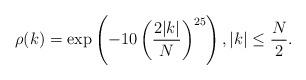
LaTeX: \begin{align*} \rho(k) = \exp\left(-10\left(\frac{2|k|}{N}\right)^{25}\right), |k| \leq \frac{N}{2}.\end{align*}